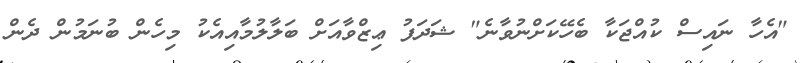
"އެހާ ނައިސް ކުއްޖަކާ ބެހޭކަށްނުވާނެ" ޝަދަފު ޢިޒްވާއަށް ބަލާލުމާއިއެކު މިހެން ބުނަމުން ދެން